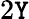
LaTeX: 2\mathtt{Y}